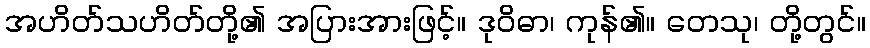
အဟိတ်သဟိတ်တို့၏ အပြားအားဖြင့်။ ဒုဝိဓာ၊ ကုန်၏။ တေသု၊ တို့တွင်။